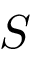
\boldsymbol { S }